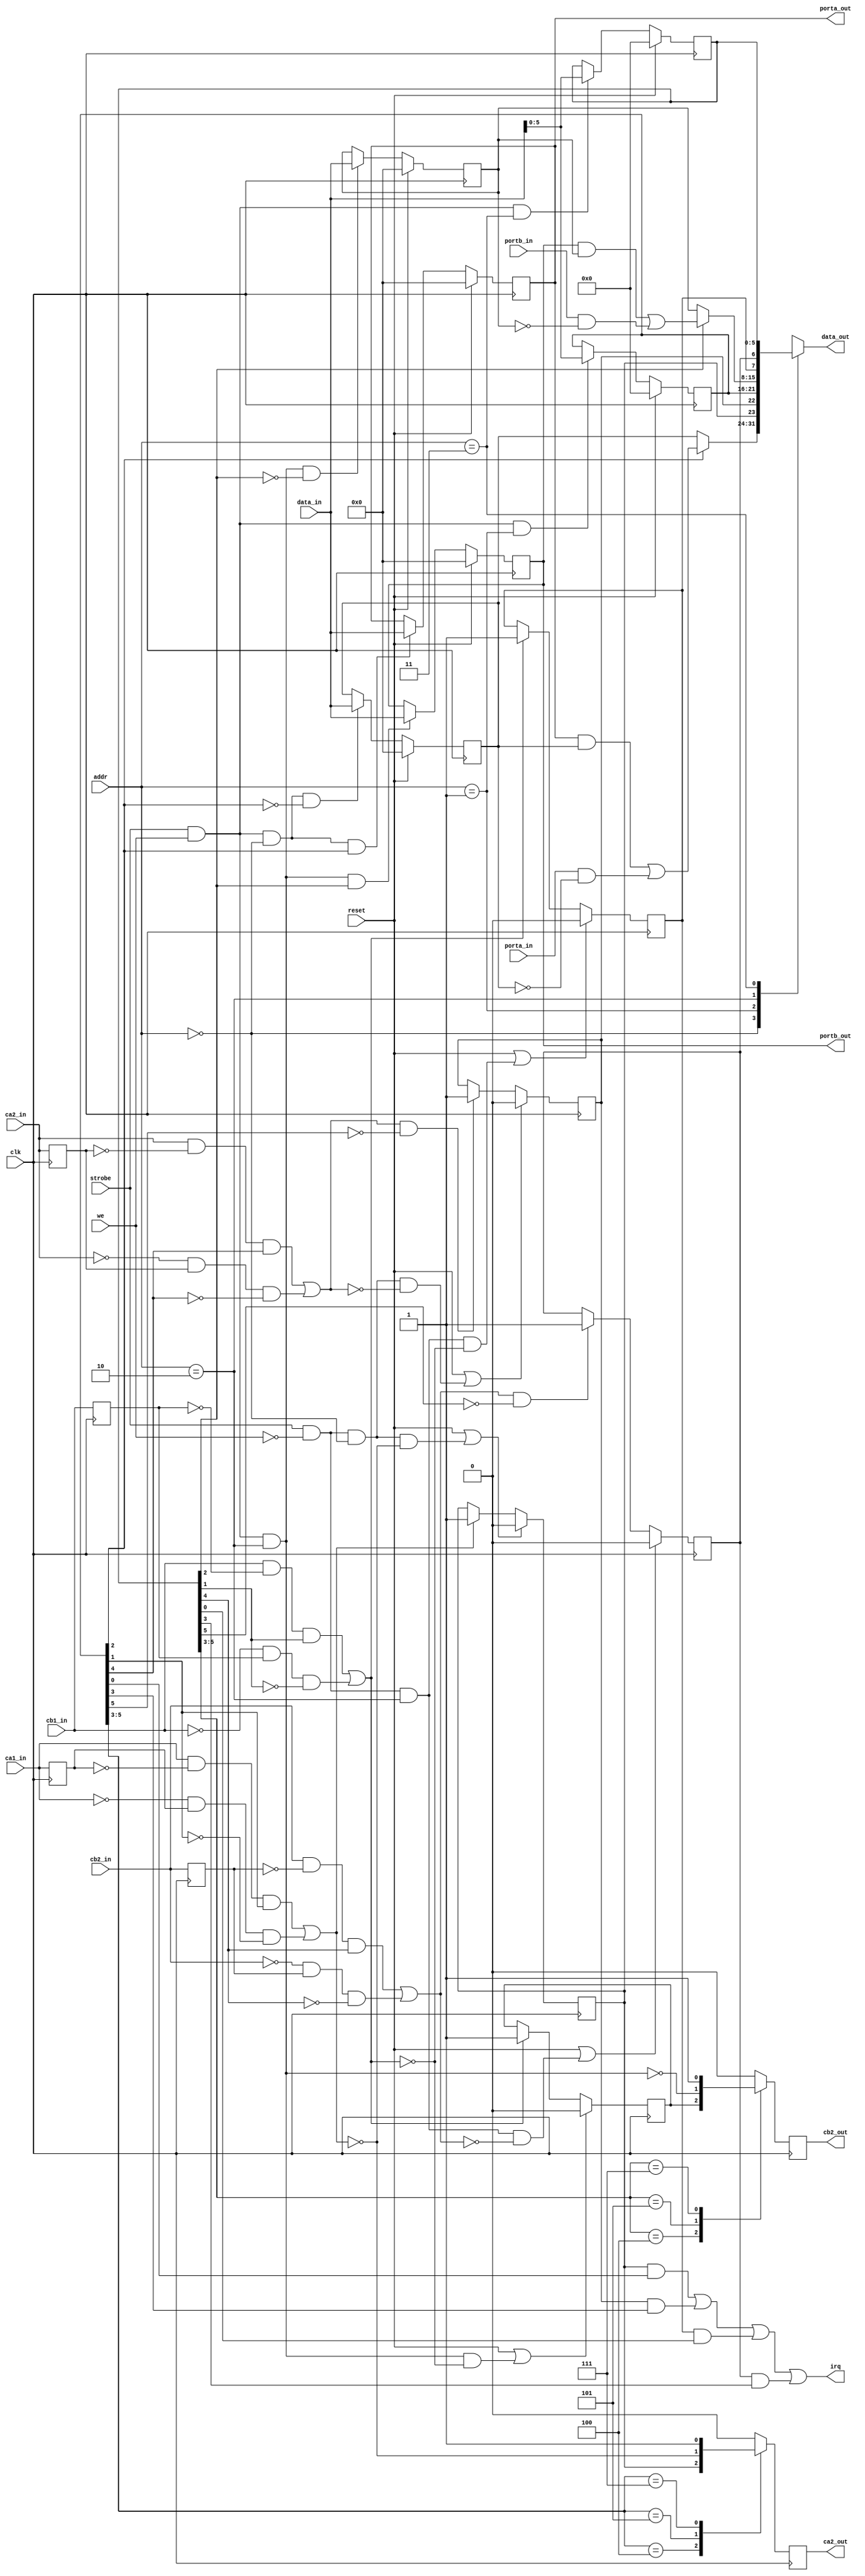
`timescale 1ns / 1ps
//////////////////////////////////////////////////////////////////////////////
//
// 
//
// Module Name: pia6520
//
// Description:
//
//	A simple implementation of the 6520 Peripheral Interface Adapter (PIA).
//	Tri-state lines aren't used.  Instead,  All PIA I/O signals have
//	seperate "in" and "out" signals.  Wire or ignore appropriately.
//
/////////////////////////////////////////////////////////////////////////////
//////////////////////////////////////////////////////////////////////////////
//
// Copyright (C) 2011, Thomas Skibo.  All rights reserved.
// 
// Redistribution and use in source and binary forms, with or without
// modification, are permitted provided that the following conditions are met:
// * Redistributions of source code must retain the above copyright
//   notice, this list of conditions and the following disclaimer.
// * Redistributions in binary form must reproduce the above copyright
//   notice, this list of conditions and the following disclaimer in the
//   documentation and/or other materials provided with the distribution.
// * The names of contributors may not be used to endorse or promote products
//   derived from this software without specific prior written permission.
// 
// THIS SOFTWARE IS PROVIDED BY THE COPYRIGHT HOLDERS AND CONTRIBUTORS "AS IS"
// AND ANY EXPRESS OR IMPLIED WARRANTIES, INCLUDING, BUT NOT LIMITED TO, THE
// IMPLIED WARRANTIES OF MERCHANTABILITY AND FITNESS FOR A PARTICULAR PURPOSE
// ARE DISCLAIMED. IN NO EVENT SHALL Thomas Skibo OR CONTRIBUTORS BE LIABLE FOR
// ANY DIRECT, INDIRECT, INCIDENTAL, SPECIAL, EXEMPLARY, OR CONSEQUENTIAL
// DAMAGES (INCLUDING, BUT NOT LIMITED TO, PROCUREMENT OF SUBSTITUTE GOODS OR
// SERVICES; LOSS OF USE, DATA, OR PROFITS; OR BUSINESS INTERRUPTION) HOWEVER
// CAUSED AND ON ANY THEORY OF LIABILITY, WHETHER IN CONTRACT, STRICT
// LIABILITY, OR TORT (INCLUDING NEGLIGENCE OR OTHERWISE) ARISING IN ANY WAY
// OUT OF THE USE OF THIS SOFTWARE, EVEN IF ADVISED OF THE POSSIBILITY OF
// SUCH DAMAGE.
//
//////////////////////////////////////////////////////////////////////////////

module pia6520
(
	output reg [7:0] data_out,	// cpu interface
	input      [7:0] data_in,
	input      [1:0] addr,
	input            strobe,
	input            we,

	output           irq,
	 
	output reg [7:0] porta_out,
	input      [7:0] porta_in,
	output reg [7:0] portb_out,
	input      [7:0] portb_in,

	input            ca1_in,
	output reg       ca2_out,
	input            ca2_in,
	input            cb1_in,
	output reg       cb2_out,
	input            cb2_in,

	input            clk,
	input            reset
);

reg [7:0] ddra;
reg [5:0] cra;
reg       irqa1;
reg       irqa2;
 
reg [7:0] ddrb;
reg [5:0] crb;
reg       irqb1;
reg       irqb2;

// Register address offsets
parameter [1:0]
	ADDR_PORTA = 2'b00,
	ADDR_CRA   = 2'b01,
	ADDR_PORTB = 2'b10,
	ADDR_CRB   = 2'b11;

wire wr_strobe = strobe && we;
wire rd_strobe = strobe && !we;
wire porta_rd_strobe = rd_strobe && addr == ADDR_PORTA;
wire portb_rd_strobe = rd_strobe && addr == ADDR_PORTB;
wire portb_wr_strobe = wr_strobe && addr == ADDR_PORTB;

// Implement CRA[5:0]
always @(posedge clk) begin
	if (reset) cra <= 6'b00_0000;
	else if (wr_strobe && addr == ADDR_CRA) cra <= data_in[5:0];
end

// Implement CRB[5:0]
always @(posedge clk) begin
	if (reset) crb <= 6'b00_0000;
	else if (wr_strobe && addr == ADDR_CRB) crb <= data_in[5:0];
end

// Implement PORTA (out)
always @(posedge clk) begin
	if (reset) porta_out <= 8'h00;
	else if (wr_strobe && addr == ADDR_PORTA && cra[2]) porta_out <= data_in;
end

// Implement DDRA
always @(posedge clk) begin
	if (reset) ddra <= 8'h00;
	else if (wr_strobe && addr == ADDR_PORTA && !cra[2]) ddra <= data_in;
end

// Implement PORTB (out)
always @(posedge clk) begin
	if (reset) portb_out <= 8'h00;
	else if (wr_strobe && addr == ADDR_PORTB && crb[2]) portb_out <= data_in;
end

// Implement DDRB
always @(posedge clk) begin
	if (reset) ddrb <= 8'h00;
	else if (wr_strobe && addr == ADDR_PORTB && !crb[2]) ddrb <= data_in;
end

////////////////////////////////////////////////////////
// IRQA logic

// register ca1_in and ca2_in to detect transitions.
reg	ca1_in_1;
reg ca2_in_1;
always @(posedge clk) begin
	ca1_in_1 <= ca1_in;
	ca2_in_1 <= ca2_in;
end

// detect "active" transitions
wire ca1_act_trans = ((ca1_in && !ca1_in_1 && cra[1]) || (!ca1_in && ca1_in_1 && !cra[1]));
wire ca2_act_trans = ((ca2_in && !ca2_in_1 && cra[4]) || (!ca2_in && ca2_in_1 && !cra[4]));

// IRQA1
always @(posedge clk) begin
	if (reset || (porta_rd_strobe && !ca1_act_trans)) irqa1 <= 1'b0;
	else if (ca1_act_trans) irqa1 <= 1'b1;
end

// IRQA2
always @(posedge clk) begin
	if (reset || (porta_rd_strobe && !ca2_act_trans)) irqa2 <= 1'b0;
	else if (ca2_act_trans && !cra[5]) irqa2 <= 1'b1;
end

   
////////////////////////////////////////////////////////
// IRQB logic

// register cb1_in and cb2_in to detect transitions.
reg cb1_in_1;
reg cb2_in_1;
always @(posedge clk) begin
	cb1_in_1 <= cb1_in;
	cb2_in_1 <= cb2_in;
end

// detect "active" transitions
wire cb1_act_trans = ((cb1_in && !cb1_in_1 && crb[1]) || (!cb1_in && cb1_in_1 && !crb[1]));
wire cb2_act_trans = ((cb2_in && !cb2_in_1 && crb[4]) || (!cb2_in && cb2_in_1 && !crb[4]));

// IRQB1
always @(posedge clk) begin
	if (reset || (portb_rd_strobe && !cb1_act_trans)) irqb1 <= 1'b0;
	else if (cb1_act_trans) irqb1 <= 1'b1;
end

// IRQB2
always @(posedge clk) begin
	if (reset || (portb_rd_strobe && !cb2_act_trans)) irqb2 <= 1'b0;
	else if (cb2_act_trans && !crb[5]) irqb2 <= 1'b1;
end

 
// IRQ and enable logic.
assign irq = (irqa1 && cra[0]) || (irqa2 && cra[3]) ||
             (irqb1 && crb[0]) || (irqb2 && crb[3]);

///////////////////////////////////////////////////
// CA2 and CB2 output modes
always @(posedge clk) begin
	case (cra[5:3])
		3'b100:  ca2_out <= irqa1;
		3'b101:  ca2_out <= !ca1_act_trans;
		3'b111:  ca2_out <= 1'b1;
		default: ca2_out <= 1'b0;
	endcase
end

reg cb2_out_r;
always @(posedge clk) begin
	if (reset || (portb_wr_strobe && !cb1_act_trans)) cb2_out_r <= 1'b0;
	else if (cb1_act_trans) cb2_out_r <= 1'b1;
end

always @(posedge clk) begin
	case (crb[5:3])
		3'b100:  cb2_out <= cb2_out_r;
		3'b101:  cb2_out <= !portb_wr_strobe;
		3'b111:  cb2_out <= 1'b1;
		default: cb2_out <= 1'b0;
	endcase
end
   
///////////////////////////////////////////////////
// Read data mux
wire [7:0] porta = (porta_out & ddra) | (porta_in & ~ddra);
wire [7:0] portb = (portb_out & ddrb) | (portb_in & ~ddrb);

always @(*) begin
	case (addr)
		ADDR_PORTA: data_out = cra[2] ? porta : ddra;
		ADDR_CRA:   data_out = { irqa1, irqa2, cra };
		ADDR_PORTB: data_out = crb[2] ? portb : ddrb;
		ADDR_CRB:   data_out = { irqb1, irqb2, crb };
	endcase
end

endmodule // pia6520